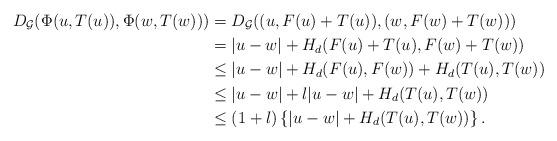
LaTeX: \begin{align*} D_{\mathcal{G}}(\Phi (u,T(u)),\Phi (w,T(w)))&=D_{\mathcal{G}}((u,F(u)+T(u)),(w,F(w)+T(w)))\\ &= \lvert u-w \rvert + H_d(F(u)+T(u), F(w)+T(w))\\ &\leq \lvert u-w \rvert + H_d(F(u),F(w))+ H_d(T(u),T(w))\\ &\leq \lvert u-w \rvert + l \lvert u-w \rvert +H_d(T(u),T(w))\\ &\leq (1+l) \left \{\lvert u-w \rvert + H_d(T(u),T(w))\right\}. \end{align*}